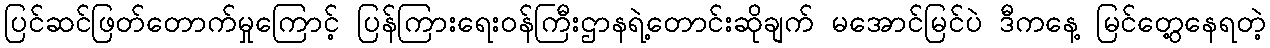
ပြင်ဆင်ဖြတ်တောက်မှုကြောင့် ပြန်ကြားရေးဝန်ကြီးဌာနရဲ့တောင်းဆိုချက် မအောင်မြင်ပဲ ဒီကနေ့ မြင်တွေ့နေရတဲ့